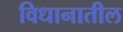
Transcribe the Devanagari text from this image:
विधानातील